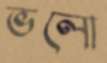
ভলো